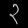
Digit: ၃